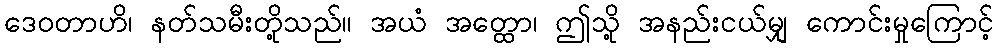
ဒေဝတာဟိ၊ နတ်သမီးတို့သည်။ အယံ အတ္ထော၊ ဤသို့ အနည်းငယ်မျှ ကောင်းမှုကြောင့်